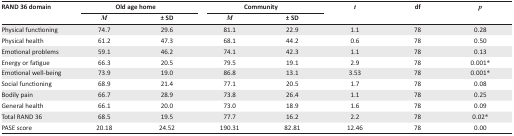
<table><thead><tr><td rowspan="3"><b>RAND 36 domain</b></td><td colspan="2"><b>Old age home</b></td><td colspan="2"><b>Community</b></td><td rowspan="3"><b><i>t</i></b></td><td rowspan="3"><b>df</b></td><td rowspan="3"><b><i>p</i></b></td></tr><tr><td><b><i>M</i></b></td><td><b>± SD</b></td><td><b><i>M</i></b></td><td><b>± SD</b></td></tr></thead><tbody><tr><td>Physical functioning</td><td>74.7</td><td>29.6</td><td>81.1</td><td>22.9</td><td>1.1</td><td>78</td><td>0.28</td></tr><tr><td>Physical health</td><td>61.2</td><td>47.3</td><td>68.1</td><td>44.2</td><td>0.6</td><td>78</td><td>0.50</td></tr><tr><td>Emotional problems</td><td>59.1</td><td>46.2</td><td>74.1</td><td>42.3</td><td>1.1</td><td>78</td><td>0.13</td></tr><tr><td>Energy or fatigue</td><td>66.3</td><td>20.5</td><td>79.5</td><td>19.1</td><td>2.9</td><td>78</td><td>0.001*</td></tr><tr><td>Emotional well-being</td><td>73.9</td><td>19.0</td><td>86.8</td><td>13.1</td><td>3.53</td><td>78</td><td>0.001*</td></tr><tr><td>Social functioning</td><td>68.9</td><td>21.4</td><td>77.1</td><td>20.5</td><td>1.7</td><td>78</td><td>0.08</td></tr><tr><td>Bodily pain</td><td>66.7</td><td>28.9</td><td>73.8</td><td>26.4</td><td>1.1</td><td>78</td><td>0.25</td></tr><tr><td>General health</td><td>66.1</td><td>20.0</td><td>73.0</td><td>18.9</td><td>1.6</td><td>78</td><td>0.09</td></tr><tr><td>Total RAND 36</td><td>68.5</td><td>19.5</td><td>77.7</td><td>16.2</td><td>2.2</td><td>78</td><td>0.02*</td></tr><tr><td>PASE score</td><td>20.18</td><td>24.52</td><td>190.31</td><td>82.81</td><td>12.46</td><td>78</td><td>0.00</td></tr></tbody></table>